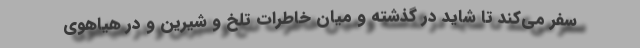
سفر می‌کند تا شاید در گذشته و میان خاطرات تلخ و شیرین و در هیاهوی